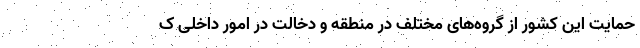
حمایت این کشور از گروه‌های مختلف در منطقه و دخالت در امور داخلی ک